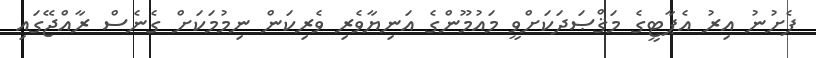
ފެށުނު އިރު އެޕާޓީގެ މަޤްޞަދަކަށްވީ މައުމޫންގެ އަނިޔާވެރި ވެރިކަން ނިމުމަކަށް ގެނެސް ރާއްޖޭގައި